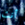
أنت